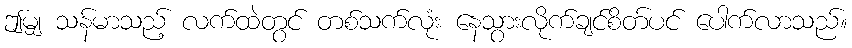
ဤမျှ သန်မာသည့် လက်ထဲတွင် တစ်သက်လုံး နေသွားလိုက်ချင်စိတ်ပင် ပေါက်လာသည်။